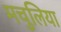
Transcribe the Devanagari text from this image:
मचुलिया